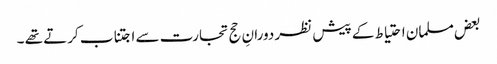
بعض مسلمان احتیاط کے پیش نظر دورانِ حج تجارت سے اجتناب کرتے تھے ۔